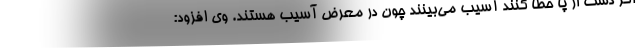
اگر دست از پا خطا کنند آسیب می‌بینند چون در معرض آسیب هستند. وی افزود: